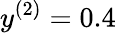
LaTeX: y^{(2)}=0.4